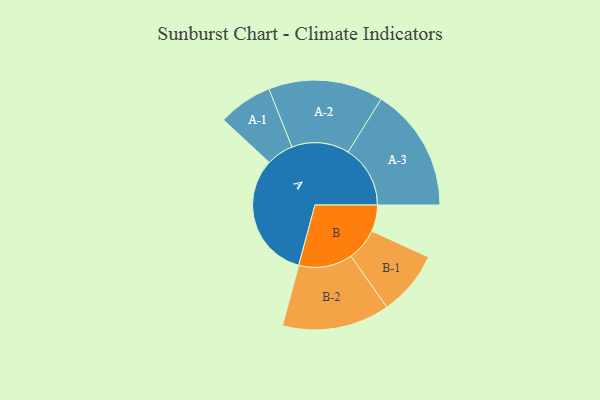
{"axis": {"x": "Segment", "y": "Value"}, "legend": ["", "A", "B"], "data": [{"x": "A", "y": 483, "type": ""}, {"x": "B", "y": 101, "type": ""}, {"x": "A-1", "y": 104, "type": "A"}, {"x": "A-2", "y": 220, "type": "A"}, {"x": "A-3", "y": 238, "type": "A"}, {"x": "B-1", "y": 124, "type": "B"}, {"x": "B-2", "y": 206, "type": "B"}]}